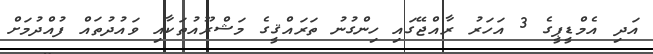
އަދި އެމްޑީޕީގެ 3 އަހަރު ރާއްޖޭގައި ހިންގުނު ތަރައްޤީގެ މަޝްރޫއުތަކާއި ވައުދުތައް ފުއްދުމަށް